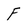
Character: F